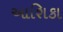
આશિકા